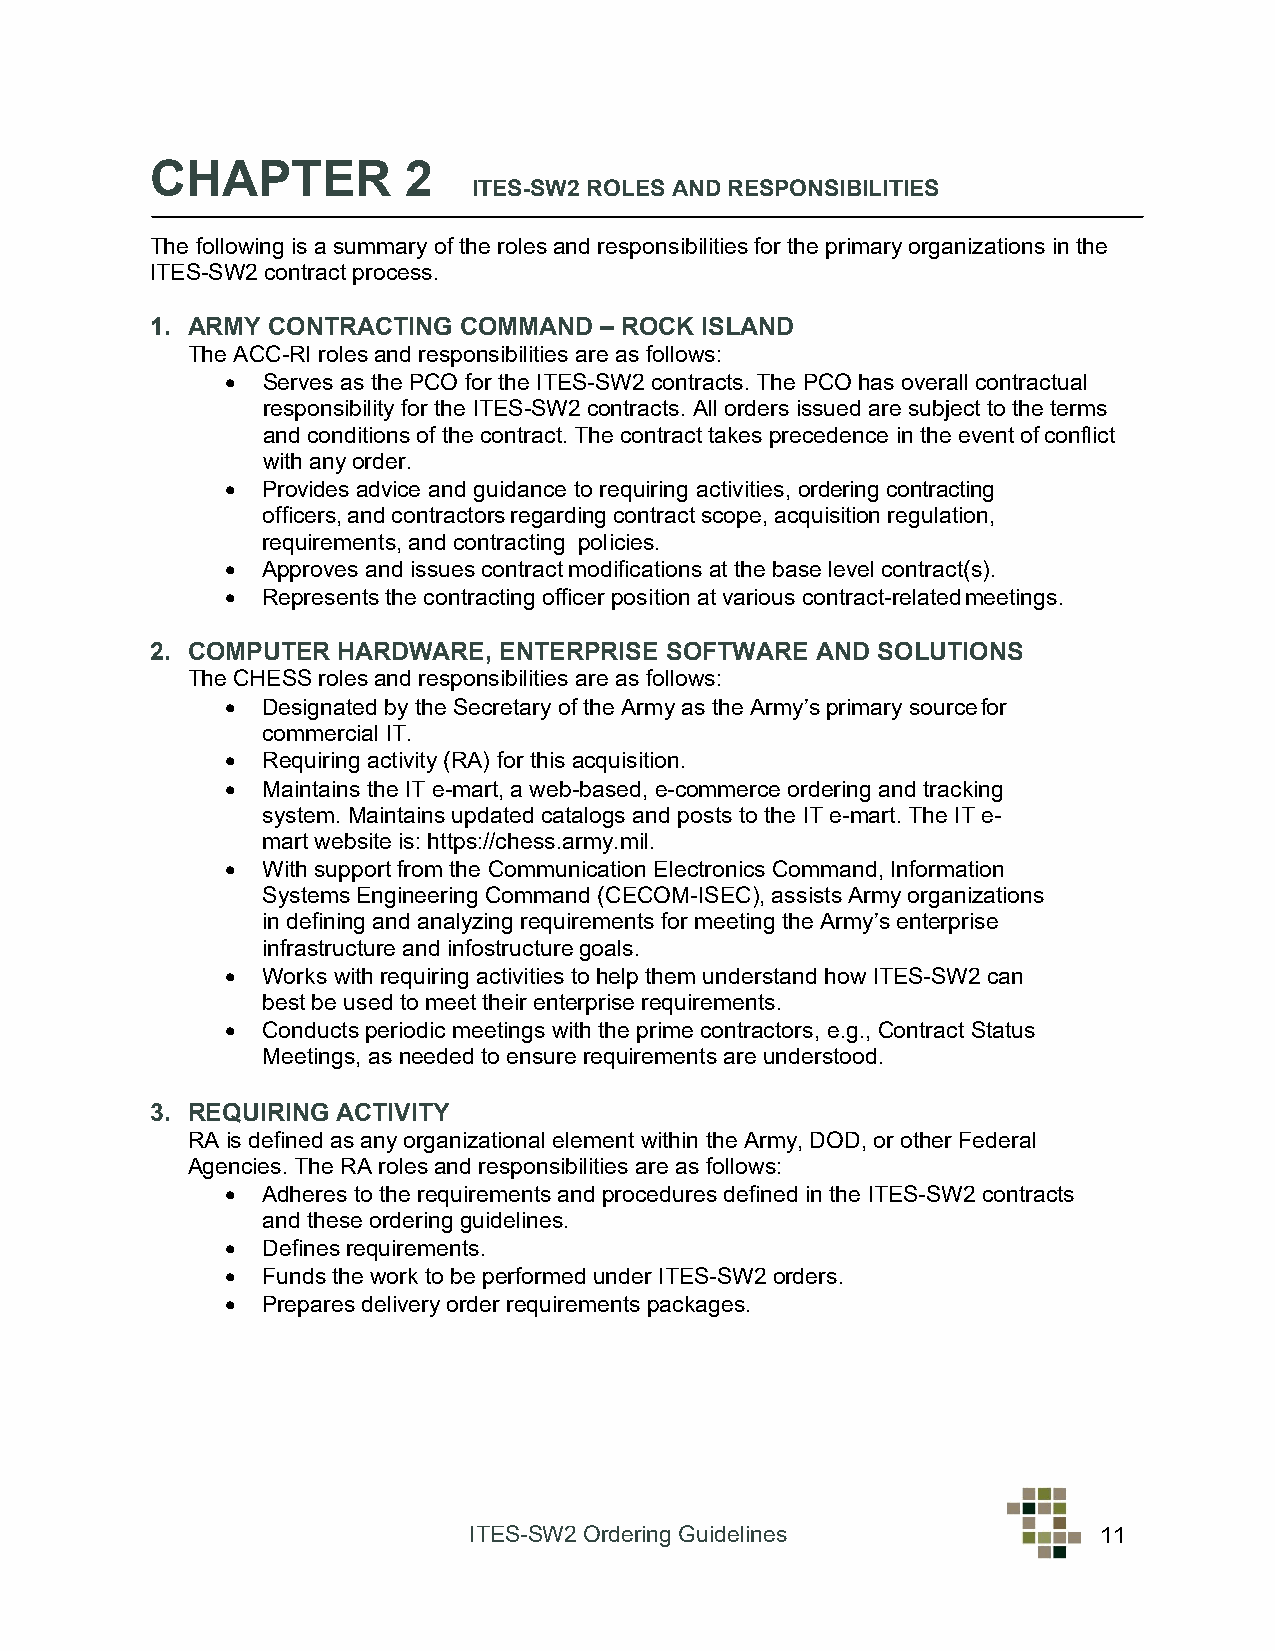
CHAPTER          2
 ITES-SW2 ROLES AND RESPONSIBILITIES
 The following is a summary of the roles and responsibilities for the primary organizations in the
 ITES-SW2 contract process.
 1. ARMY CONTRACTING COMMAND   – ROCK ISLAND
 The ACC-RI roles and responsibilities are as follows:
 • Serves as the PCO for the ITES-SW2 contracts. The PCO has overall contractual
 responsibility for the ITES-SW2 contracts. All orders issued are subject to the terms
 and conditions of the contract. The contract takes precedence in the event of conflict
 with any order.
 • Provides advice and guidance to requiring activities, ordering contracting
 officers, and contractors regarding contract scope, acquisition regulation,
 requirements, and contracting policies.
 • Approves and issues contract modifications at the base level contract(s).
 • Represents the contracting officer position at various contract-related meetings.
 2. COMPUTER HARDWARE,  ENTERPRISE SOFTWARE  AND SOLUTIONS
 The CHESS roles and responsibilities are as follows:
 • Designated by the Secretary of the Army as the Army’s primary source for
 commercial IT.
 • Requiring activity (RA) for this acquisition.
 • Maintains the IT e-mart, a web-based, e-commerce ordering and tracking
 system. Maintains updated catalogs and posts to the IT e-mart. The IT e-
 mart website is: https://chess.army.mil.
 • With support from the Communication Electronics Command, Information
 Systems Engineering Command (CECOM-ISEC), assists Army organizations
 in defining and analyzing requirements for meeting the Army’s enterprise
 infrastructure and infostructure goals.
 • Works with requiring activities to help them understand how ITES-SW2 can
 best be used to meet their enterprise requirements.
 • Conducts periodic meetings with the prime contractors, e.g., Contract Status
 Meetings, as needed to ensure requirements are understood.
 3. REQUIRING ACTIVITY
 RA is defined as any organizational element within the Army, DOD, or other Federal
 Agencies. The RA roles and responsibilities are as follows:
 • Adheres to the requirements and procedures defined in the ITES-SW2 contracts
 and these ordering guidelines.
 • Defines requirements.
 • Funds the work to be performed under ITES-SW2 orders.
 • Prepares delivery order requirements packages.
 ITES-SW2 Ordering Guidelines              11